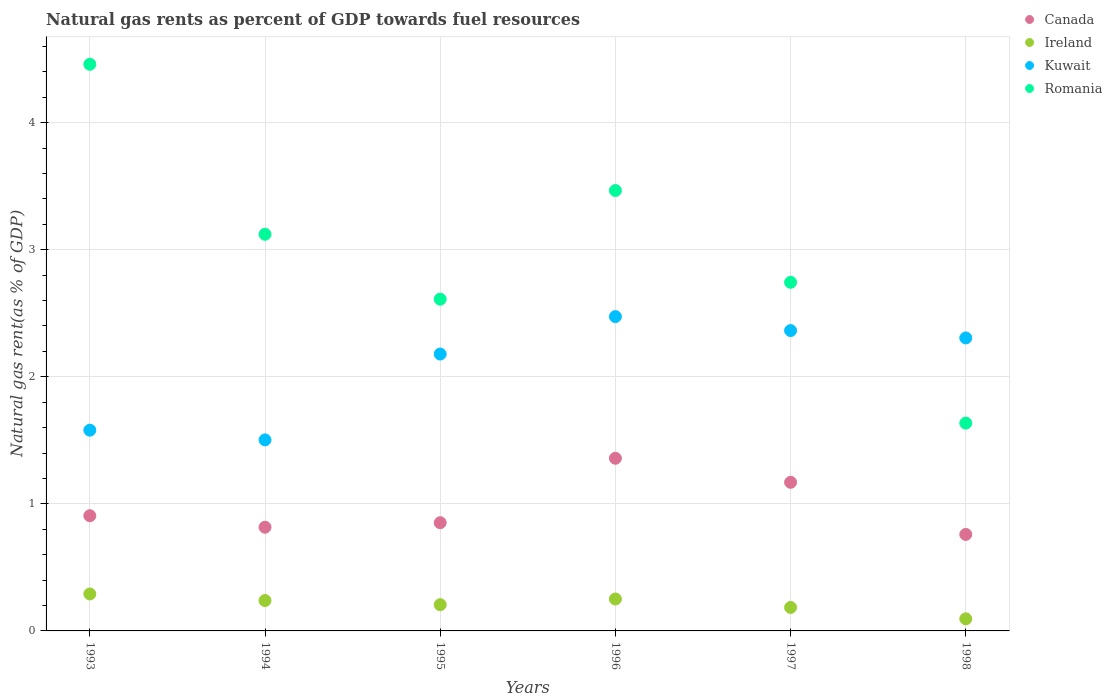
| Years | Canada | Ireland | Kuwait | Romania |
 | --- | --- | --- | --- | --- |
 | 1993 | 0.907 | 0.291 | 1.58 | 4.46 |
 | 1994 | 0.816 | 0.239 | 1.5 | 3.12 |
 | 1995 | 0.852 | 0.206 | 2.18 | 2.61 |
 | 1996 | 1.36 | 0.251 | 2.47 | 3.47 |
 | 1997 | 1.17 | 0.185 | 2.36 | 2.74 |
 | 1998 | 0.759 | 0.0952 | 2.31 | 1.64 |